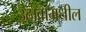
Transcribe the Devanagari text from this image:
उठावामधील